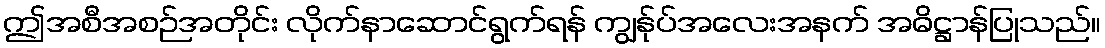
ဤအစီအစဉ်အတိုင်း လိုက်နာဆောင်ရွက်ရန် ကျွန်ုပ်အလေးအနက် အဓိဋ္ဌာန်ပြုသည်။